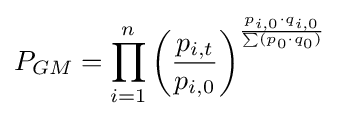
P_{GM}=\prod _{i=1}^{n}\left({\frac {p_{i,t}}{p_{i,0}}}\right)^{\frac {p_{i,0}\cdot q_{i,0}}{\sum (p_{0}\cdot q_{0})}}